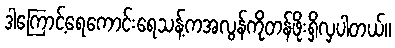
ဒါကြောင့်ရေကောင်းရေသန့်ကအလွန်ကိုတန်ဖိုးရှိလှပါတယ်။